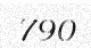
790